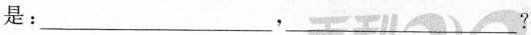
是：___，___？